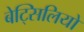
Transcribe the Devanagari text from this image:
बेट्सिलियो